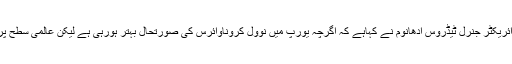
عالمی ادارہِ صحت کے ڈائریکٹر جنرل ٹیڈروس ادھانوم نے کہاہے کہ اگرچہ یورپ میں نوول کروناوائرس کی صورتحال بہتر ہورہی ہے لیکن عالمی سطح پر حالات بدتر ہورہے ہیں۔